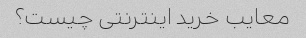
معایب خرید اینترنتی چیست؟